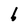
Character: b